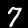
Digit: 7